Annual returns of the Patna Lunatic Asylum at Bankipore in Bihar and Orissa - 1912-1924
Year: 1912
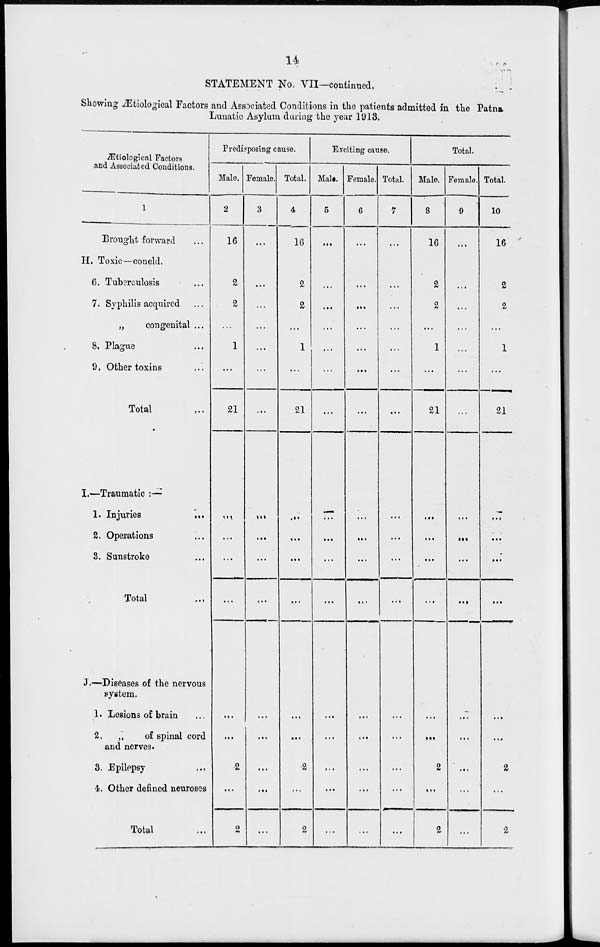
14
STATEMENT No. VII—continued.
Showing Ætiological Factors and Associated Conditions in the patients admitted in the Patna
Lunatic Asylum during the year 1913.
Ætiological Factors
and Associated Conditions.
1
Brought forward ...
H. Toxic—concld.
6. Tuberculosis ...
7. Syphilis acquired ...
„
congenital ...
8. Plague ...
9. Other toxins ...
Total ...
I.—Traumatic :—
1. Injuries
...
2. Operations ...
3. Sunstroke ...
Total ...
J.—Diseases of the nervous
system.
1. Lesions of brain ...
2.
„
of spinal cord
and nerves.
3. Epilepsy ...
4. Other defined neuroses
Total ...
Predisposing cause.
Male.
2
16
2
2
...
1
...
21
...
...
...
...
...
...
2
...
...
Female.
3
...
...
...
...
...
...
...
...
...
...
...
...
...
...
...
...
Total.
4
16
2
2
...
1
...
21
...
...
...
...
...
...
2
...
2
Exciting cause.
Male.
5
...
...
...
...
...
...
...
...
...
...
...
...
...
...
...
...
Female.
6
...
...
...
...
...
...
...
...
...
...
...
...
...
...
...
...
Total.
7
...
...
...
...
...
...
...
...
...
...
...
...
...
...
...
...
Total.
Male.
8
16
2
2
...
1
...
21
...
...
...
...
...
...
2
...
2
Female.
9
...
...
...
...
...
...
...
...
...
...
...
...
...
...
...
...
Total.
10
16
2
2
...
1
...
21
...
...
...
...
...
...
2
...
2